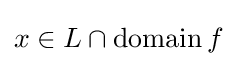
x\in L\cap \operatorname {domain} f